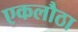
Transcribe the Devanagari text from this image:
एकलौठा